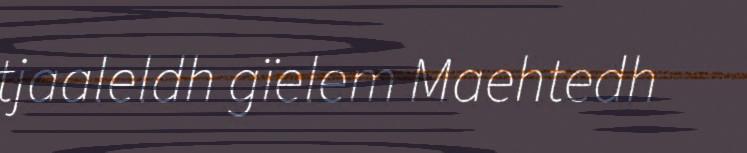
tjaaleldh gïelem Maehtedh